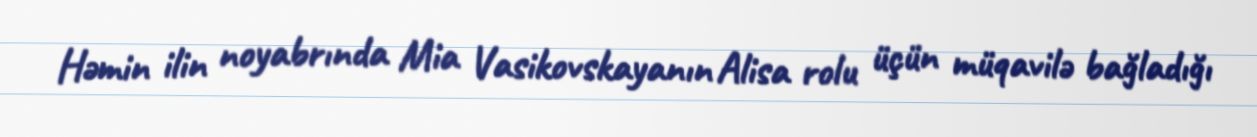
Həmin ilin noyabrında Mia Vasikovskayanın Alisa rolu üçün müqavilə bağladığı